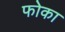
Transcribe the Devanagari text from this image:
फोका